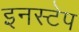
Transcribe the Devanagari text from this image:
इनस्टेप